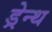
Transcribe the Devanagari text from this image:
ड्रेन्थ